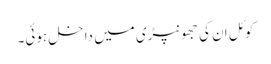
کوئل ان کی جھونپڑی میں داخل ہوئی۔